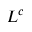
L ^ { c }